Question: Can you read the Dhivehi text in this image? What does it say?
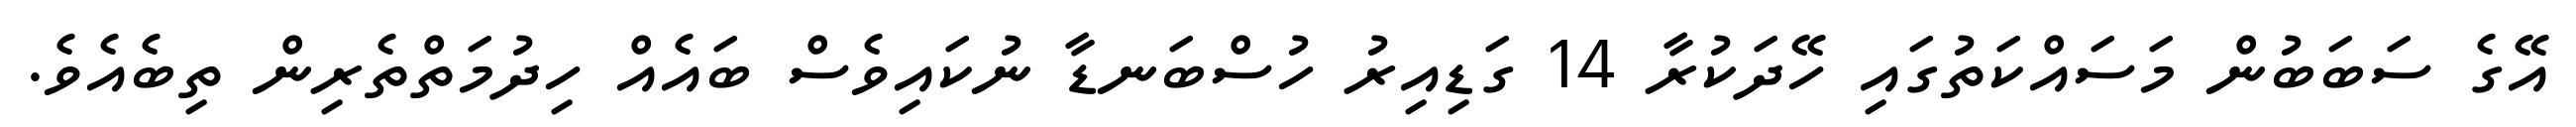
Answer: އޭގެ ސަބަބުން މަސައްކަތުގައި ހޭދަކުރާ 14 ގަޑިއިރު ހުސްބަނޑާ ނުކައިވެސް ބައެއް ހިދުމަތްތެރިން ތިބެއެވެ.